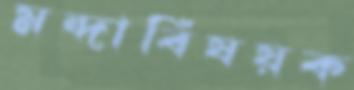
মন্দাবিষয়ক